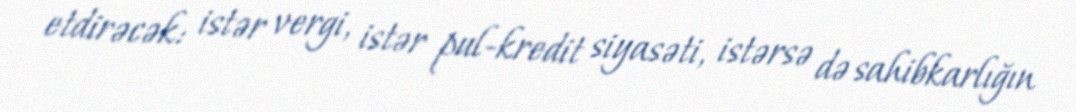
etdirəcək: istər vergi, istər pul-kredit siyasəti, istərsə də sahibkarlığın